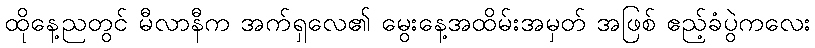
ထိုနေ့ညတွင် မီလာနီက အက်ရှလေ၏ မွေးနေ့အထိမ်းအမှတ် အဖြစ် ဧည့်ခံပွဲကလေး